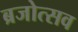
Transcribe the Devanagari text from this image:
ब्रजोत्सव